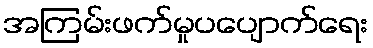
အကြမ်းဖက်မှုပပျောက်ရေး